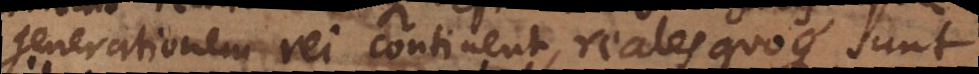
generationem rei continent, reales quoque sunt.